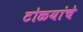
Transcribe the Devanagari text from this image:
टोळयांचे